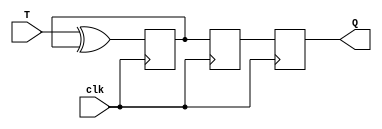
module t_ff (
  input T,
  input clk,
  output reg Q
);

reg m, s;

always @ (posedge clk) begin
  m <= T ^ m;
end

always @ (negedge clk) begin
  s <= m;
  Q <= s;
end

endmodule